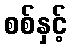
စစ်နှင့်